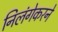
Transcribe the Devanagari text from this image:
निलंगेकरने